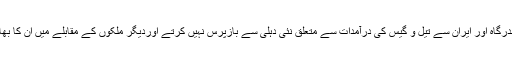
لیکن امریکہ سمیت بعض ممالک چابہار بندرگاہ اور ایران سے تیل و گیس کی درآمدات سے متعلق نئی دہلی سے بازپرس نہیں کرتے اوردیگر ملکوں کے مقابلے میں اُن کا بھارت سے رویہ ناقابل یقین حد تک نرم ہے۔